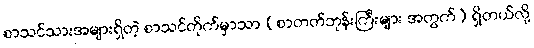
စာသင်သားအများရှိတဲ့ စာသင်တိုက်မှာသာ (စာတတ်ဘုန်းကြီးများ အတွက်) ရှိတယ်လို့